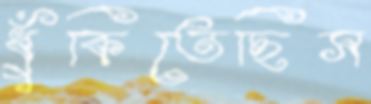
ধুঁকিতেছিস